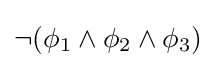
\lnot (\phi _{1}\land \phi _{2}\land \phi _{3})